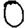
Digit: 0